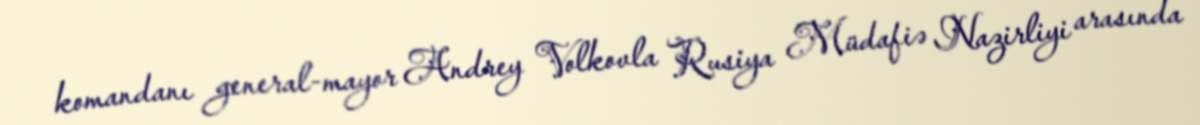
komandanı general-mayor Andrey Volkovla Rusiya Müdafiə Nazirliyi arasında